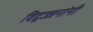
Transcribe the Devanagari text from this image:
विद्वज्जनांनी